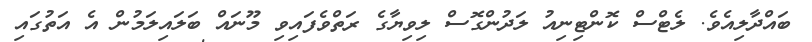
ބައްދާލިއެވެ. ލެޓްސް ކޮންޓިނިއު ލަދުންގޮސް ލިވިޔާގެ ރަތްވެފައިވި މޫނައް ބަލައިލަމުން އެ އަތުގައި